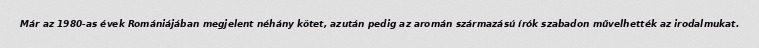
Már az 1980-as évek Romániájában megjelent néhány kötet, azután pedig az aromán származású írók szabadon művelhették az irodalmukat.